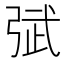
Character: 𰐙